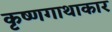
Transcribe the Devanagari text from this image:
कृष्णगाथाकार